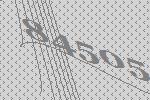
84505